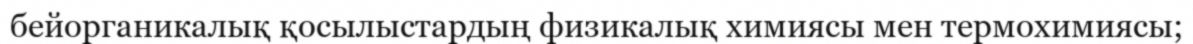
бейорганикалық қосылыстардың физикалық химиясы мен термохимиясы;